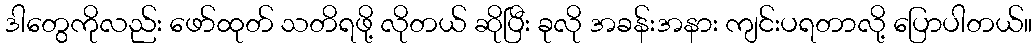
ဒါတွေကိုလည်း ဖော်ထုတ် သတိရဖို့ လိုတယ် ဆိုပြီး ခုလို အခန်းအနား ကျင်းပရတာလို့ ပြောပါတယ်။